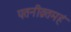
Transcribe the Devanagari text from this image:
पतनीव्रतमहं